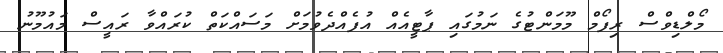
މޯލްޑިވްސް ރިފޯމް މޫމަންޓުގެ ނަމުގައި ޕާޓީއެއް އުފެއްދެވުމަށް މަސައްކަތް ކުރައްވާ ރައީސް މައުމޫނު